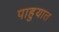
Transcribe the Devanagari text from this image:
पाहुयात